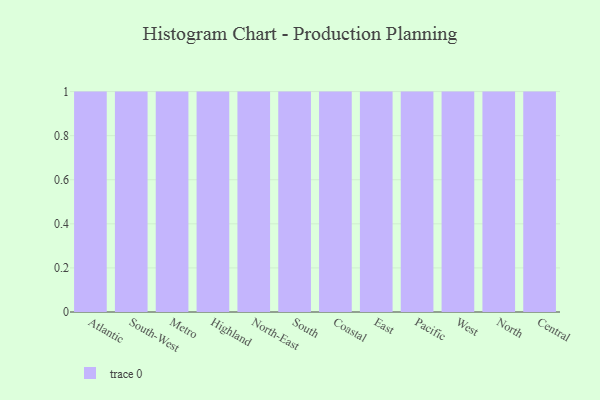
{"axis": {"x": "Region", "y": "Headcount"}, "legend": [""], "data": [{"x": "Atlantic", "y": 70, "type": ""}, {"x": "South-West", "y": 41, "type": ""}, {"x": "Metro", "y": 51, "type": ""}, {"x": "Highland", "y": 2, "type": ""}, {"x": "North-East", "y": 93, "type": ""}, {"x": "South", "y": 54, "type": ""}, {"x": "Coastal", "y": 73, "type": ""}, {"x": "East", "y": 20, "type": ""}, {"x": "Pacific", "y": 25, "type": ""}, {"x": "West", "y": 77, "type": ""}, {"x": "North", "y": 51, "type": ""}, {"x": "Central", "y": 100, "type": ""}]}